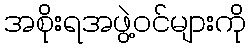
အစိုးရအဖွဲ့ဝင်များကို